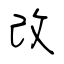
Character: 改